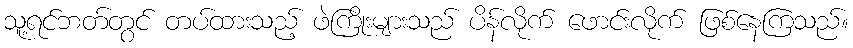
သူ့ရင်ဘတ်တွင် တပ်ထားသည့် ဖဲကြိုးများသည် ပိန်လိုက် ဖောင်းလိုက် ဖြစ်နေကြသည်။